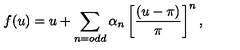
f ( u ) = u + \sum _ { n = o d d } \alpha _ { n } \left[ \frac { ( u - \pi ) } { \pi } \right] ^ { n } ,